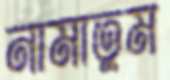
নামাতুম